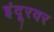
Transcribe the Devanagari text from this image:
इंदूरवर